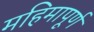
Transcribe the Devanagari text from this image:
महिमापूर्ण